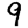
Digit: 9